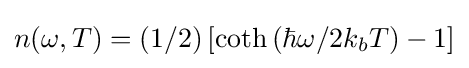
n(\omega ,T)=\left(1/2\right)\left[\coth {\left(\hbar \omega /2k_{b}T\right)}-1\right]